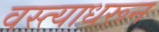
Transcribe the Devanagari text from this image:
वस्त्याधरून